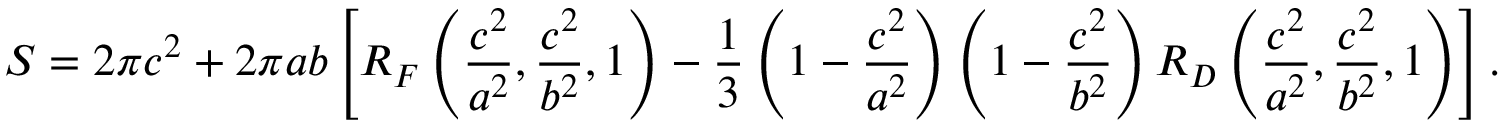
S = 2 \pi c ^ { 2 } + 2 \pi a b \left[ R _ { F } \left( { \frac { c ^ { 2 } } { a ^ { 2 } } } , { \frac { c ^ { 2 } } { b ^ { 2 } } } , 1 \right) - { \frac { 1 } { 3 } } \left( 1 - { \frac { c ^ { 2 } } { a ^ { 2 } } } \right) \left( 1 - { \frac { c ^ { 2 } } { b ^ { 2 } } } \right) R _ { D } \left( { \frac { c ^ { 2 } } { a ^ { 2 } } } , { \frac { c ^ { 2 } } { b ^ { 2 } } } , 1 \right) \right] .